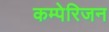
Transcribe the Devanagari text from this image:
कम्पेरिजन